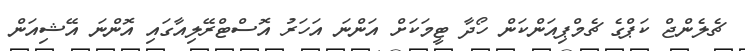
ޗެލެންޖް ކަޕްގެ ޗެމްޕިއަންކަން ހޯދާ ޓީމަކަށް އަންނަ އަހަރު އޮސްޓްރޭލިއާގައި އޮންނަ އޭޝިއަން